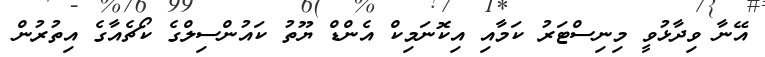
އޭނާ ވިދާޅުވީ މިނިސްޓަރު ކަމާއި އިކޮނަމިކް އެންޑް ޔޫތު ކައުންސިލްގެ ކޯޗެއާގެ އިތުރުން